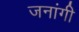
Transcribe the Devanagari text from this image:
जनांगी